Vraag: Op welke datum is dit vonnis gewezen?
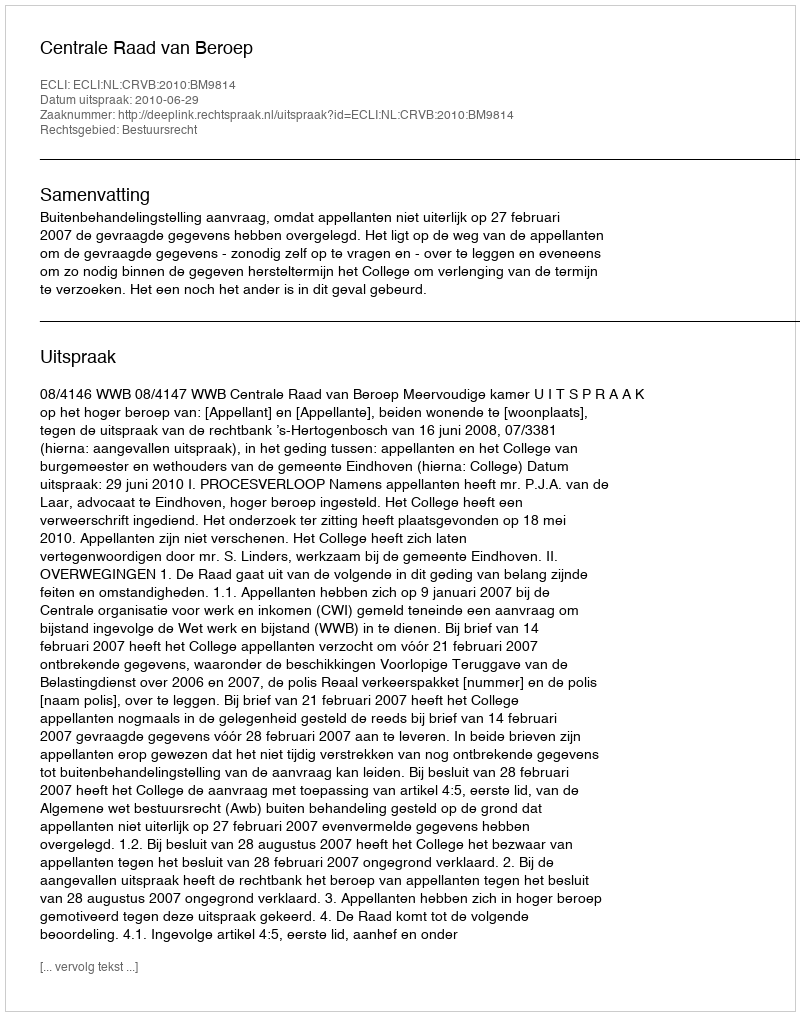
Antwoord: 2010-06-29